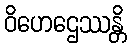
ဝိဟေဌေဿန္တိ